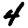
Digit: 4